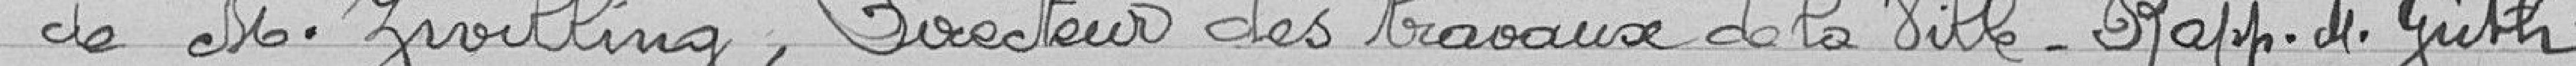
de M. Zwilling, Directeur des travaux de la Ville. Rapp. M. Guth.